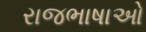
રાજભાષાઓ